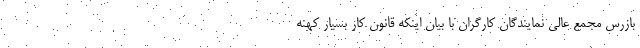
بازرس مجمع عالی نمایندگان کارگران با بیان اینکه قانون کار بسیار کهنه